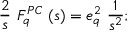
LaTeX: { \frac { 2 } { s } } \ F _ { q } ^ { P C } \ ( s ) = e _ { q } ^ { 2 } \ { \frac { 1 } { s ^ { 2 } } } ;